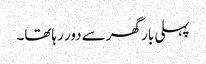
پہلی بار گھر سے دور رہاتھا۔